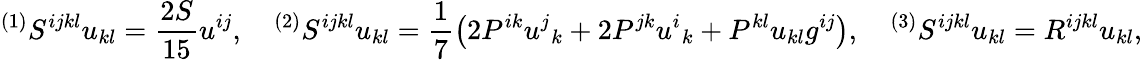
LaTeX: {}^{(1)}S^{ijkl}u_{kl}=\frac{2S}{15}u^{ij},\quad{}^{(2)}S^{ijkl}u_{kl}=\frac 17\left(2P^{ik}u^{j}{}_{k}+2P^{jk}u^{i}{}_{k}+P^{kl}u_{kl}g^{ij}\right),\quad{}^{(3)}S^{ijkl}u_{kl}=R^{ijkl}u_{kl},